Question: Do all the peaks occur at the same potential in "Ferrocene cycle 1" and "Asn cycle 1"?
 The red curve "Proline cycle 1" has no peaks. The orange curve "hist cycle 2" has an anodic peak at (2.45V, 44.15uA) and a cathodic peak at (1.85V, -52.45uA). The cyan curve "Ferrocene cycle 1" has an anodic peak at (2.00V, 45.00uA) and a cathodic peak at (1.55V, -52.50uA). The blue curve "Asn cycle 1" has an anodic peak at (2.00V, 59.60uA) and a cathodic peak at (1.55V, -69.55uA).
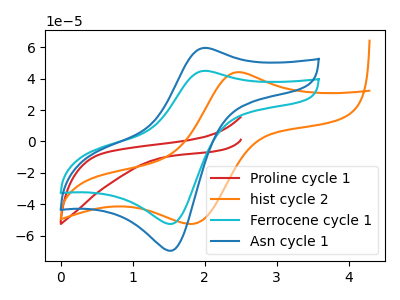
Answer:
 <answer>Yes, "Ferrocene cycle 1" have a peak in "Asn cycle 1" at the same potential.</answer>
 <eval>match</eval>